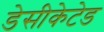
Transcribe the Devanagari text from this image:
डेसीकेटेड